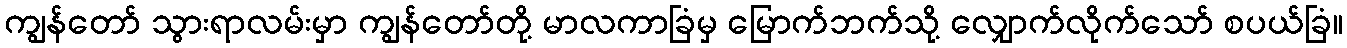
ကျွန်တော် သွားရာလမ်းမှာ ကျွန်တော်တို့ မာလကာခြံမှ မြောက်ဘက်သို့ လျှောက်လိုက်သော် စပယ်ခြံ။